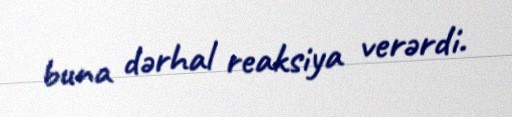
buna dərhal reaksiya verərdi.